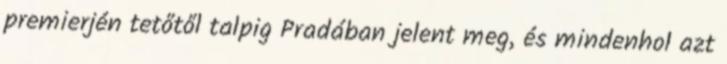
premierjén tetőtől talpig Pradában jelent meg, és mindenhol azt